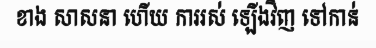
ខាង សាសនា ហើយ ការរស់ ឡើងវិញ ទៅកាន់